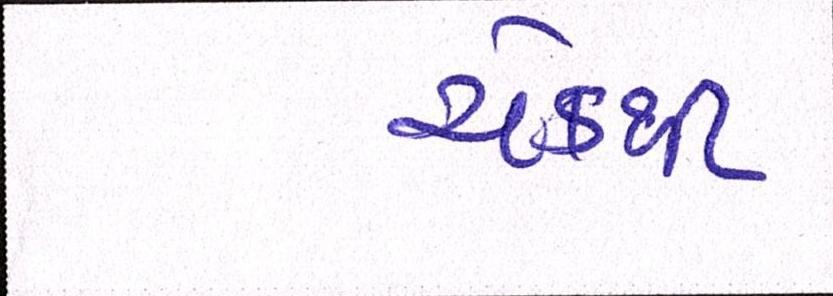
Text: ચેકથી